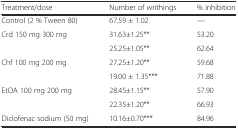
<table><thead><tr><td><b>Treatment/dose</b></td><td><b>Number of writhings</b></td><td><b>% inhibition</b></td></tr></thead><tbody><tr><td>Control (2 % Tween 80)</td><td>67.59 ± 1.02</td><td>---</td></tr><tr><td rowspan="2">Crd 150 mg 300 mg</td><td>31.63±1.25**</td><td>53.20</td></tr><tr><td>25.25±1.05**</td><td>62.64</td></tr><tr><td rowspan="2">Chf 100 mg 200 mg</td><td>27.25±1.20**</td><td>59.68</td></tr><tr><td>19.00 ± 1.35***</td><td>71.88</td></tr><tr><td rowspan="2">EtOA 100 mg 200 mg</td><td>28.45±1.15**</td><td>57.90</td></tr><tr><td>22.35±1.20**</td><td>66.93</td></tr><tr><td>Diclofenac sodium (50 mg)</td><td>10.16±0.70***</td><td>84.96</td></tr></tbody></table>